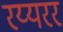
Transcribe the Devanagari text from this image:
रय्यरर